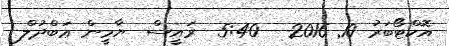
އޮކްޓޯބަރު 10